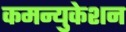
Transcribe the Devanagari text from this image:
कमन्युकेशन